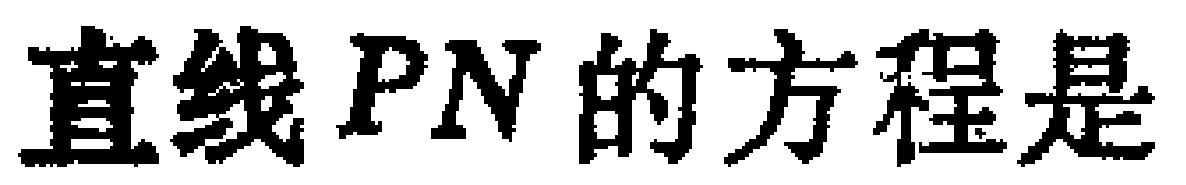
直线 \(PN\) 的方程是